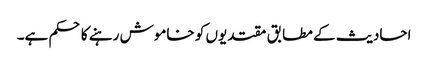
احادیث کے مطابق مقتدیوں کو خاموش رہنے کا حکم ہے۔